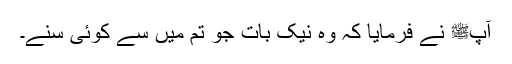
آپﷺ نے فرمایا کہ وہ نیک بات جو تم میں سے کوئی سنے۔